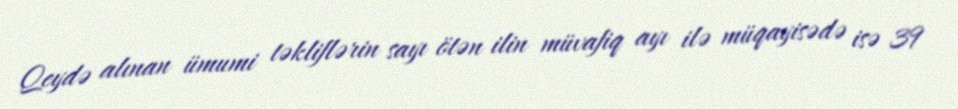
Qeydə alınan ümumi təkliflərin sayı ötən ilin müvafiq ayı ilə müqayisədə isə 39